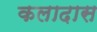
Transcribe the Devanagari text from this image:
कलादास